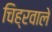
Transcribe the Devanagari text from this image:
चिह्रवाले